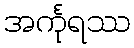
အင်္ကုရဿ